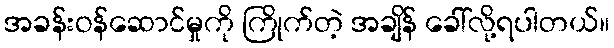
အခန်းဝန်ဆောင်မှုကို ကြိုက်တဲ့ အချိန် ခေါ်လို့ရပါတယ်။